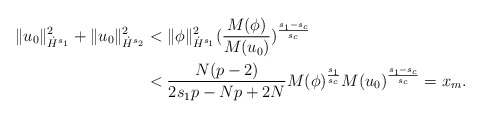
\begin{align*} \|u_0\|_{\dot{H}^{s_1}}^2+\|u_0\|_{\dot{H}^{s_2}}^2 & < \|\phi\|_{\dot{H}^{s_1}}^2(\frac{M(\phi)}{M(u_0)})^{\frac{s_1-s_c}{s_c}} \\ & < \frac{N(p-2)}{2s_1p-Np+2N}M(\phi)^{\frac{s_1}{s_c}}M(u_0)^{\frac{s_1-s_c}{s_c}}=x_m.\end{align*}